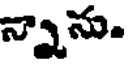
న్నాను.